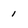
Character: 1